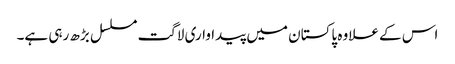
اس کے علاوہ پاکستان میں پیداواری لاگت مسلسل بڑھ رہی ہے۔